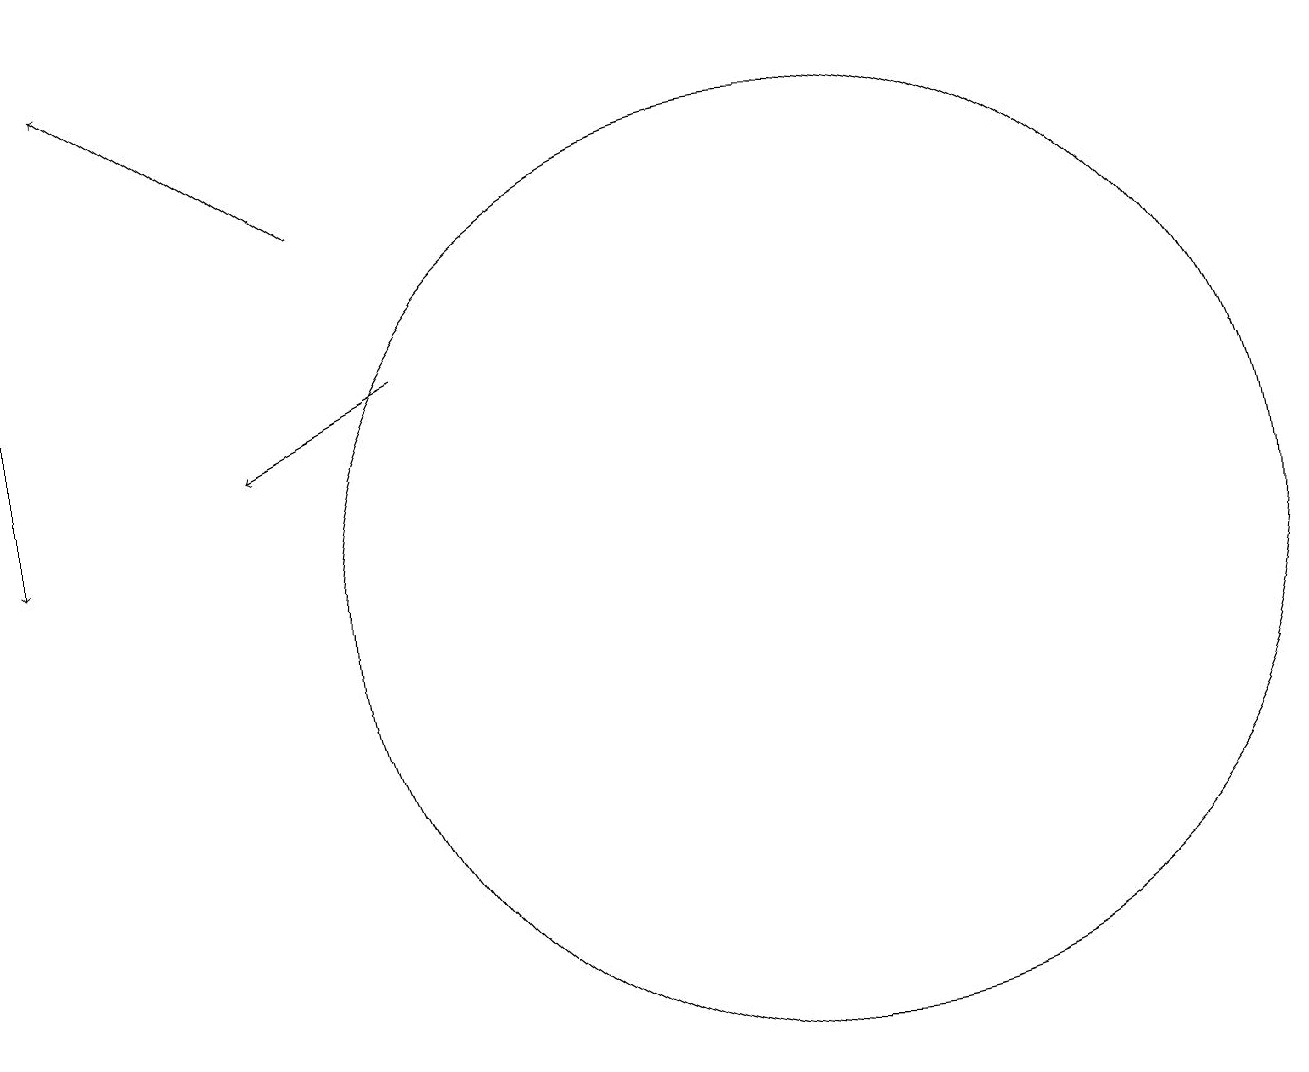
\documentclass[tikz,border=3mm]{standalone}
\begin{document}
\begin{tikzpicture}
\draw[->] (6,15) -- (4,14);
\draw[->] (5,17) -- (2,19);
\draw[->] (1,15) -- (1,13);
\draw (11,12) circle (6);
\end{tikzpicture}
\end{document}